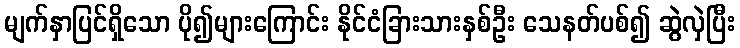
မျက်နှာပြင်ရှိသော ပို၍များကြောင်း နိုင်ငံခြားသားနှစ်ဦး သေနတ်ပစ်၍ ဆွဲလှဲပြီး